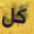
كل